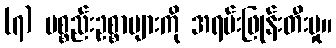
(၇) ပစ္စည်းဥစ္စာများကို အရမ်းဖြုန်းတီးမှု။